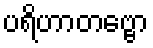
ပရိဟာတဗ္ဗော